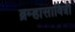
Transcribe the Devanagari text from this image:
ब्रम्हासावित्री